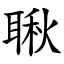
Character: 䎿